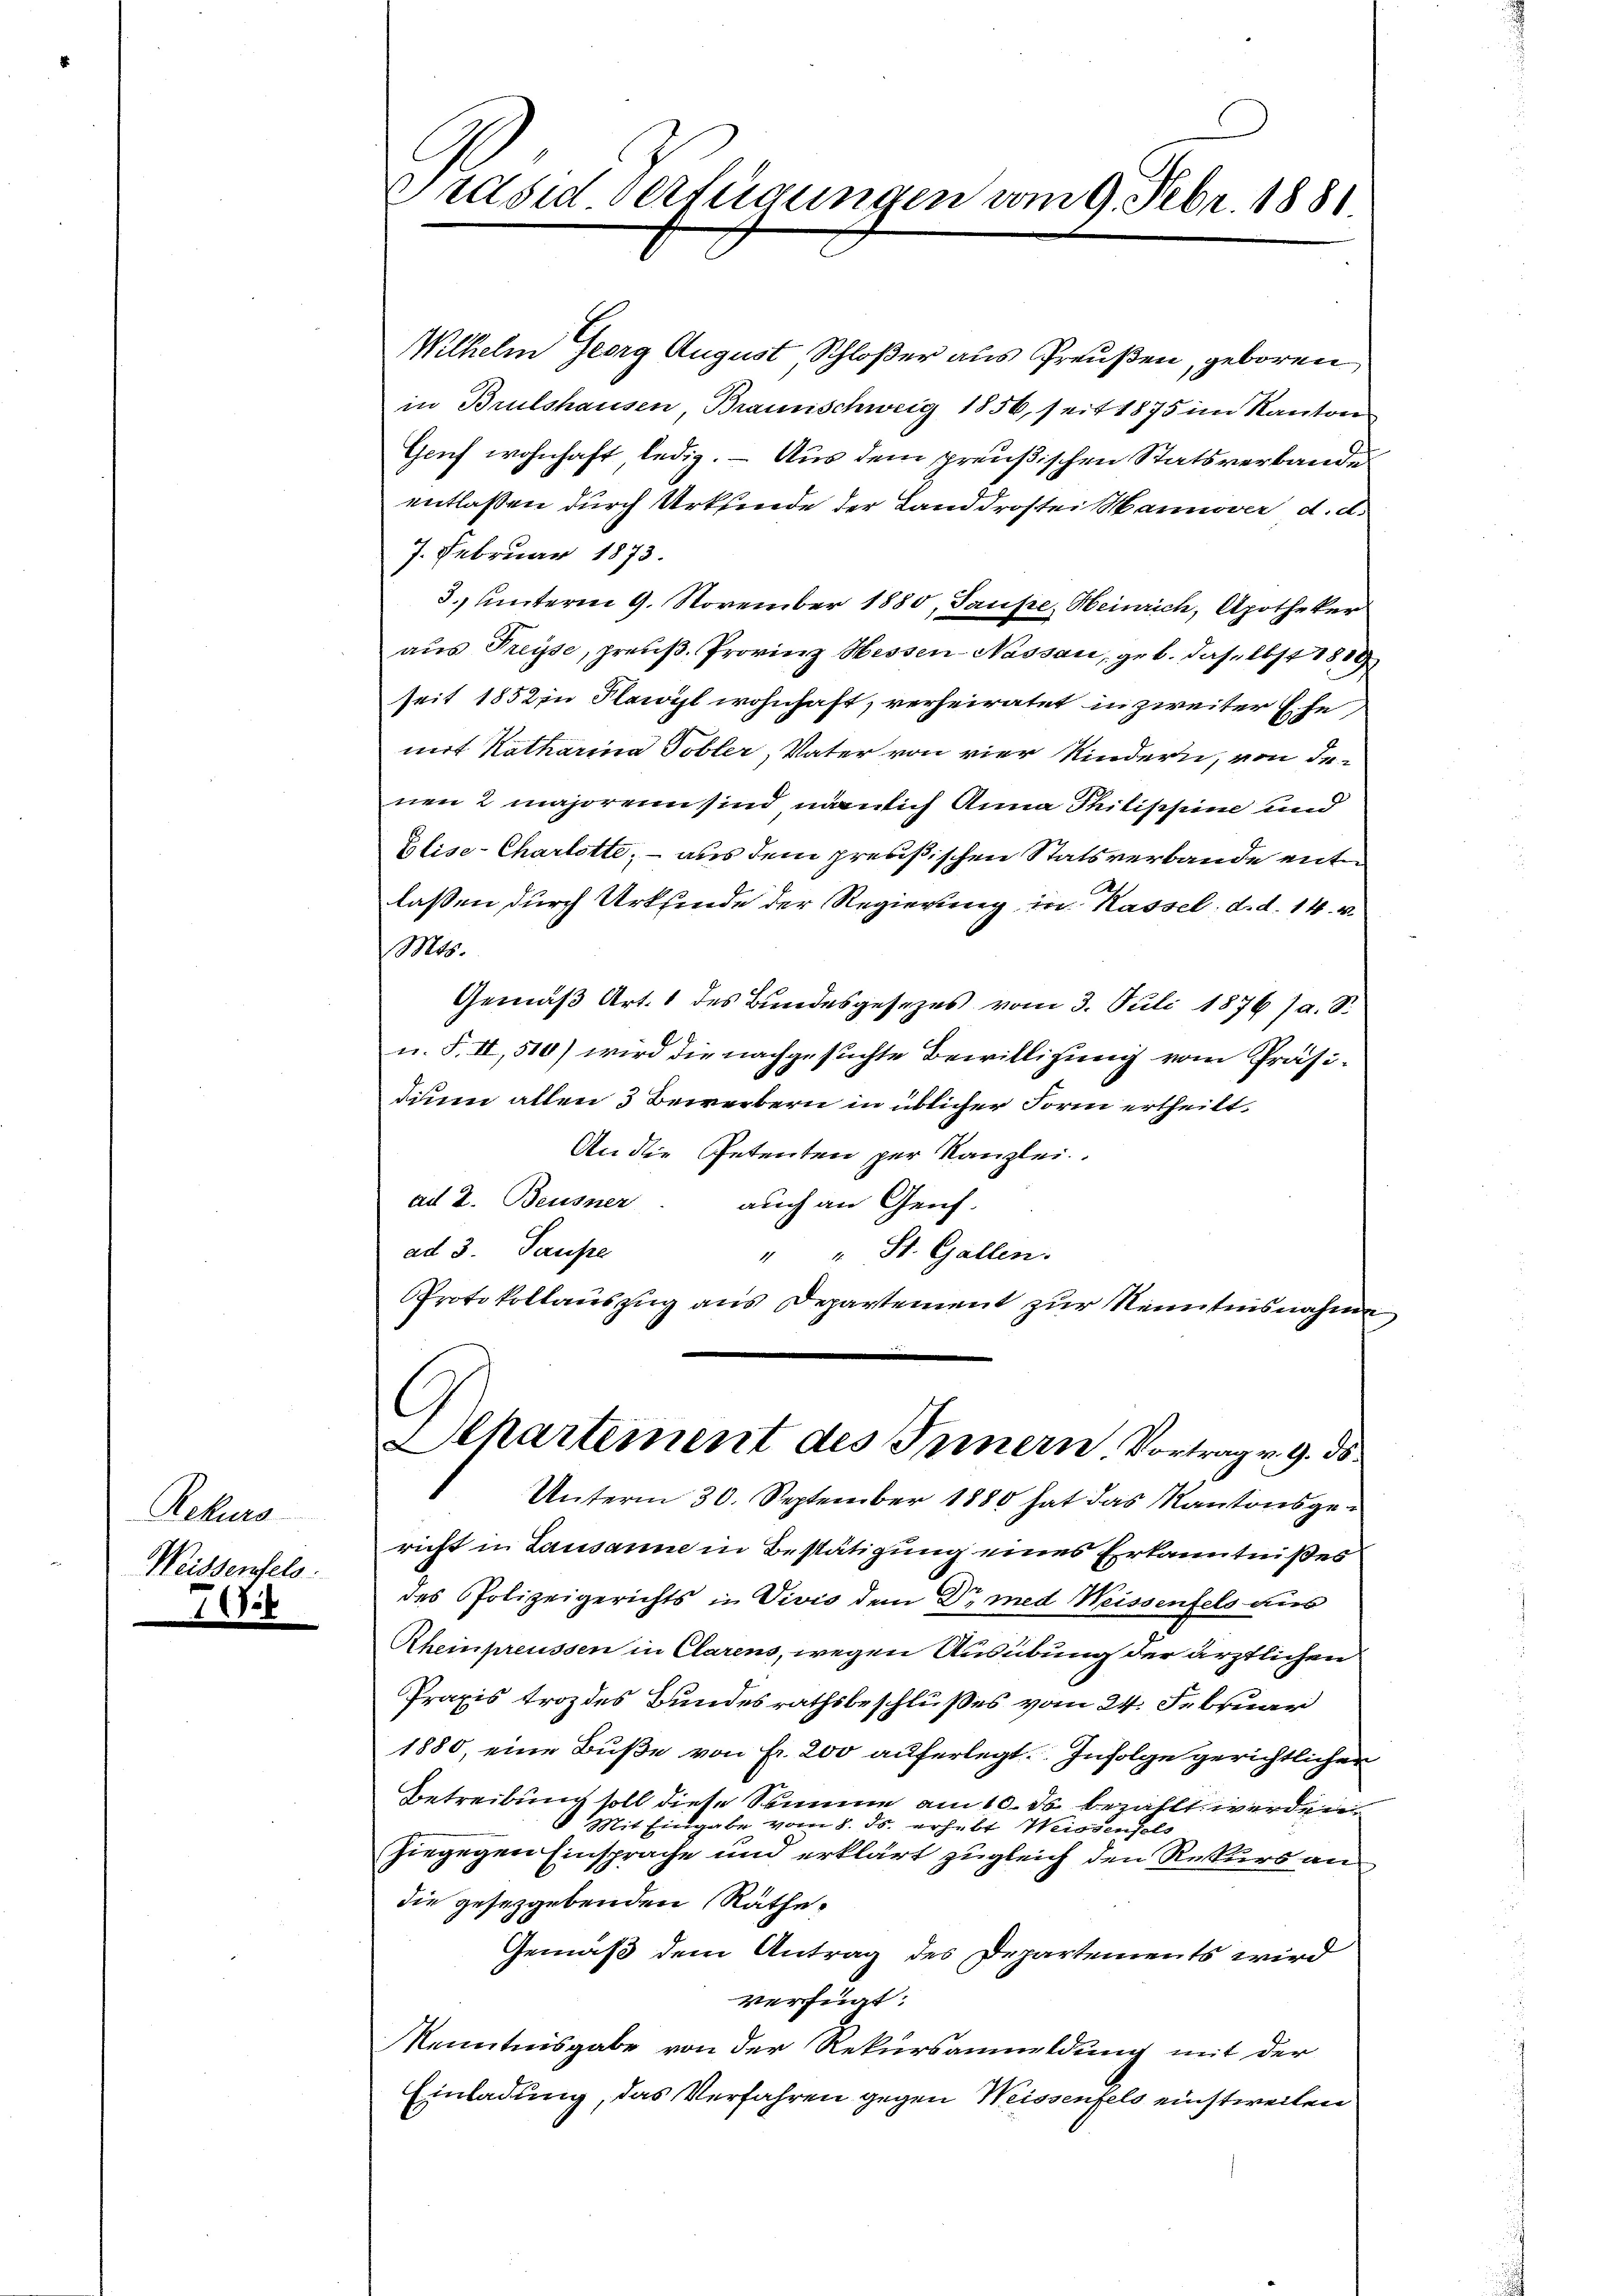
Rekurs
Weissenselb

Grasid verfügungen vom 9. Febr. 1881

Wilhelm Georg August, Schloßer aus Preußen, geboren
in Brulshausen, Braunschweig 1856, seit 1875 im Kanton
Geif wohnhaft ledig. – Aus dem preußischen Statsverbande
entlaßen durch Urkunde der Landdrostei Hannover d. d.
7. Februar 1873.
3. Unterm 9. November 1880, Saupe, Heinrich, Apotheker
aŭs Freyse, preŭβ. Provinz Hessen-Nassau, geb. daselbst 1819
seit 1852 in Flawyl wohnhaft, verheiratet in zweiter Ehe,
mit Katharina Tobler, Vater von vier Kindern, von de
nen 2 majorenn sind nämlich Anna Philippine und
Blise-Charlotte; - aus dem preußischen Statsverbande entlassen durch Urkfinde der Regierung in Kassel. d. d. 14. v.
Mts.
Gemäß Art. 1 des Bundesgesezes vom 3. Juli 1876 a. S.
u. F. II, 510) wird die nachgesuchte Bewilligung vom Präsidium allen 3 Bewerbern in üblicher Form ertheilt.
An die Petenten per Kanzlei.
ad 2. Beusner auch an Genf.
ad 3. Teufe
" " St. Gallen.
Protokollauszug aus Departement zur Nenntensnahme

Departement des Innern Vortrag v. 9. ds.

Unterm 30. September 1880 hat das Kantonsgericht in Lausanne in Bestätigung eines Erkanntnißes
des Polizeigerichts in Vivis dem Dr med Weissenfels aus
Rheinpreussen in Clarens, wegen Ausübung der ärztlichen
Praxis trozdes Bundesrathsbeschlußes vom 24. Februar
1880, eine Bŭβe von Fr. 200 auferlegt. Infolge gerichtlichen
Betreibung soll diese Summe am 10. ds. bezahlt werden.
 Mit Eingabe vom 8. ds. erhebt Weissensels
hiegegen Einsprache und erklärt zugleich den Rekurs an
die gesetzgebenden Räthe¬
Gemäß dem Antrag des Departements wird
verfügt:
Kenntnisgabe von der Rekursanmeldung mit der
Einladung, das Verfahren gegen Weissenfels einstweilen